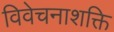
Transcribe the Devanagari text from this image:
विवेचनाशक्ति